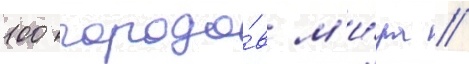
100 городо́в м'и́ра //